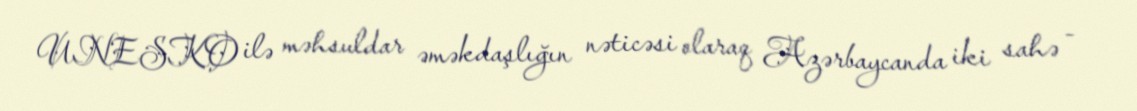
UNESKO ilə məhsuldar əməkdaşlığın nəticəsi olaraq Azərbaycanda iki sahə -